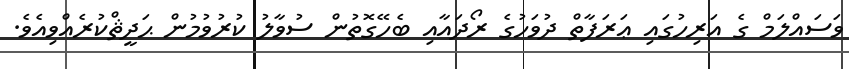
ވަސައްލަމް ގެ އަރިހުގައި ޢަރަފާތް ދުވަހުގެ ރޯދައާއި ބެހޭގޮތުން ސުވާލު ކުރުވުމުން ޙަދީޘްކުރެއްވިއެވެ.